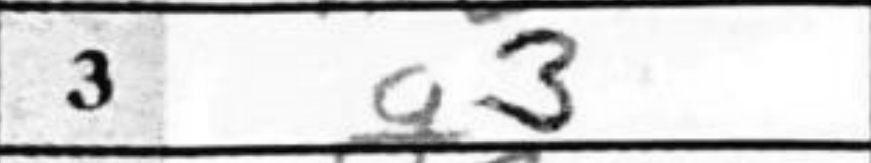
Transcription: g3